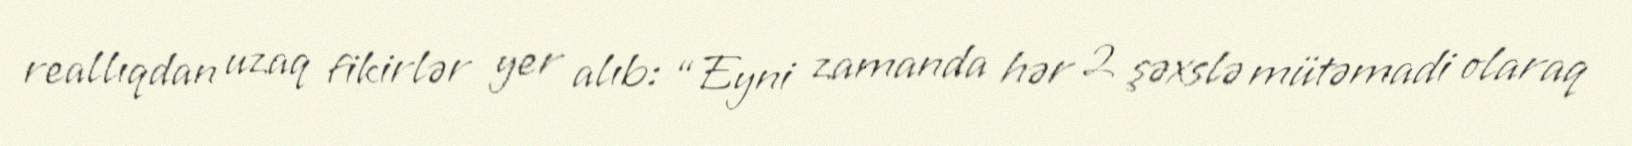
reallıqdan uzaq fikirlər yer alıb: “Eyni zamanda hər 2 şəxslə mütəmadi olaraq